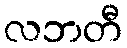
လဘတီ